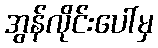
အွန်လိုင်းပေါ်မှ